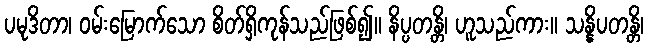
ပမုဒိတာ၊ ဝမ်းမြောက်သော စိတ်ရှိကုန်သည်ဖြစ်၍။ နိပ္ပတန္တိ၊ ဟူသည်ကား။ သန္နိပတန္တိ၊